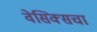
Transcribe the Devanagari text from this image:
वेसिक्सचा